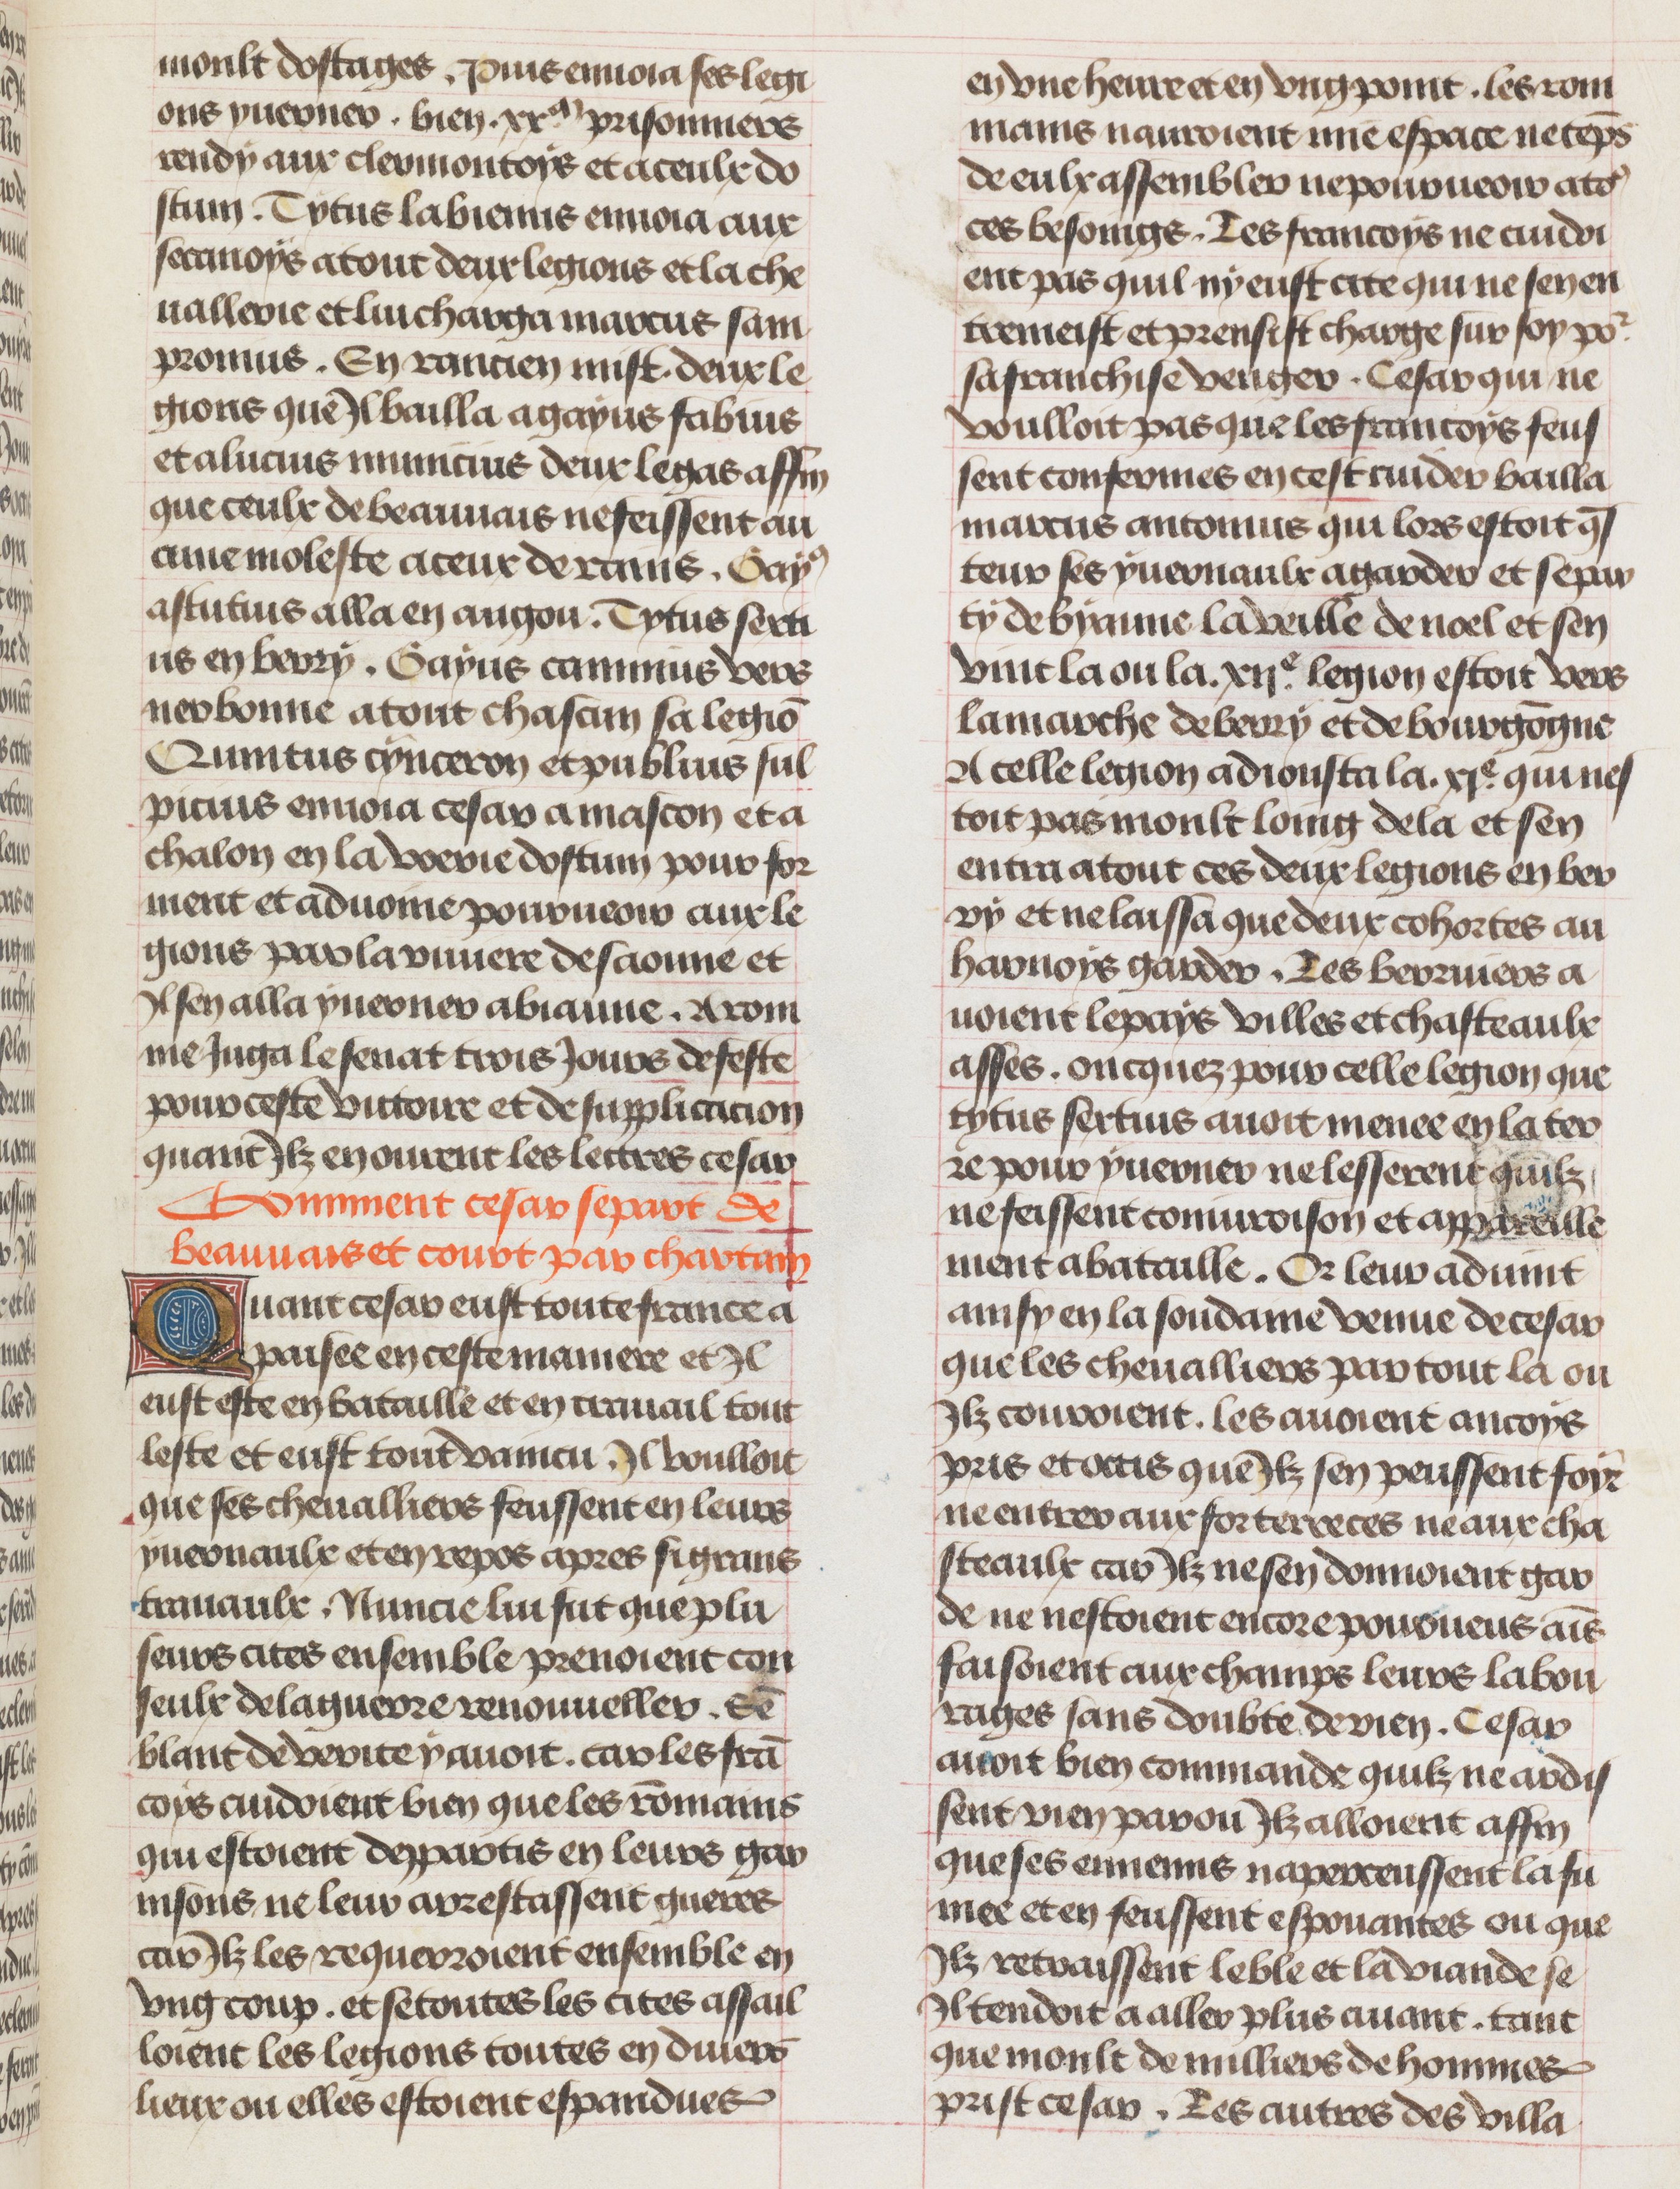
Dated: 1450–1474